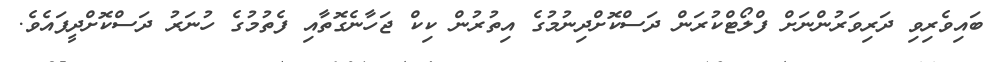
ބައިވެރިވި ދަރިވަރުންނަށް ފްލޯޓްކުރަން ދަސްކޮށްދިނުމުގެ އިތުރުން ކިކް ޖަހާނެގޮތާއި ފެތުމުގެ ހުނަރު ދަސްކޮށްދީފައެވެ.